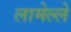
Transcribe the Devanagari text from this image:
लामेल्ले